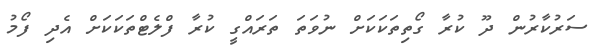
ސަރުކާރުން ދޫ ކުރާ ގޯތިތަކަކަށް ނުވަތަ ތަރައްގީ ކުރާ ފްލެޓްތަކަކަށް އެދި ފޯމު